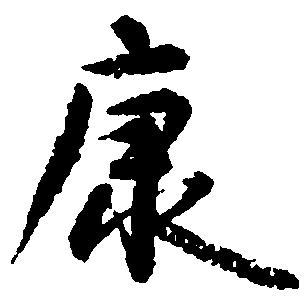
康